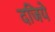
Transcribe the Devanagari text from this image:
दजिये